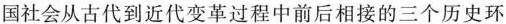
国社会从古代到近代变革过程中前后相接的三个历史环